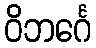
ဝိဘင်္ဂေ